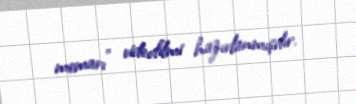
memarı" videofilmi hazırlanmışdır.